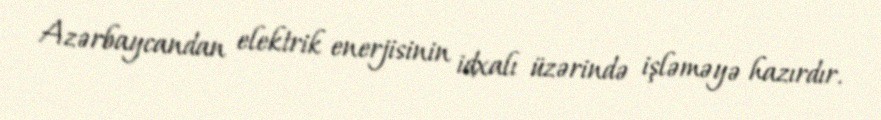
Azərbaycandan elektrik enerjisinin idxalı üzərində işləməyə hazırdır.